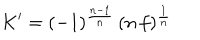
LaTeX: K ^ { \prime } = ( - 1 ) ^ { \frac { n - 1 } { n } } \, ( n \, f ) ^ { \frac { 1 } { n } }